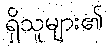
ရှိသူများ၏